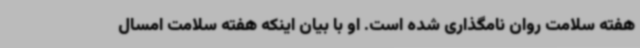
هفته سلامت روان نامگذاری شده است. او با بیان اینکه هفته سلامت امسال